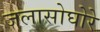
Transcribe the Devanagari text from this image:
जलासोघोरे